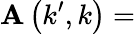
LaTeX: \mathbf{A}\left(k^{\prime},k\right)=